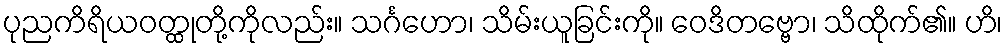
ပုညကိရိယဝတ္ထုတို့ကိုလည်း။ သင်္ဂဟော၊ သိမ်းယူခြင်းကို။ ဝေဒိတဗ္ဗော၊ သိထိုက်၏။ ဟိ၊